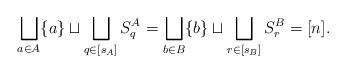
LaTeX: \begin{align*}\bigsqcup_{a \in A} \{a\} \sqcup \bigsqcup_{q \in [s_A]} S^A_q=\bigsqcup_{b \in B} \{b\} \sqcup \bigsqcup_{r \in [s_B]} S^B_r=[n].\end{align*}